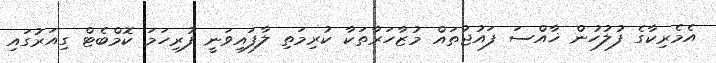
އެމެރިކާގެ ފުލުހުން ޚާއްސަ ފައުޖުތައް މުޒާހަރާތަކާ ކުރިމަތި ލާފައިވަނީ ފުރިހަމަ ކޮމްބެޓް ގިއަރުގައި